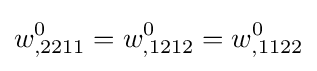
w_{,2211}^{0}=w_{,1212}^{0}=w_{,1122}^{0}